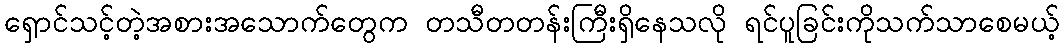
ရှောင်သင့်တဲ့အစားအသောက်တွေက တသီတတန်းကြီးရှိနေသလို ရင်ပူခြင်းကိုသက်သာစေမယ့်